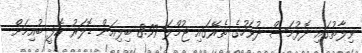
ވިލާތުގައި ދޮޅުމަސް ދުވަހުގެ ތެރޭގައި ޖުމްލަ 8.97 ބިލިއަން ޑޮލަރު ކޮފީ ބުއިމަށް